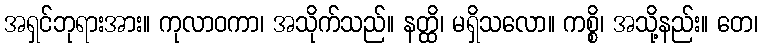
အရှင်ဘုရားအား။ ကုလာဝကာ၊ အသိုက်သည်။ နတ္ထိ၊ မရှိသလော။ ကစ္စိ၊ အသို့နည်း။ တေ၊